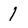
Character: I